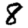
Digit: 8